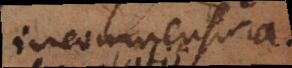
incommensura